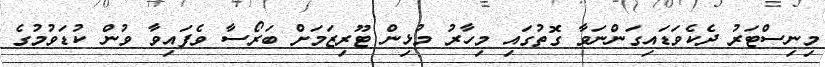
މިނިސްޓަރު ދެކެވަޑައިގަންނަވާ ގޮތުގައި މިހާރު މުޅިން ޓޫރިޒަމަށް ބަރޯސާ ވެފައިވާ ވުން ކުޑަވުމުގެ